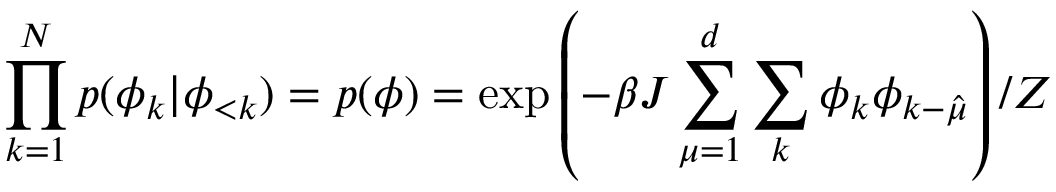
\prod _ { k = 1 } ^ { N } p ( \phi _ { k } | \phi _ { < k } ) = p ( \phi ) = \exp \left( - \beta J \sum _ { \mu = 1 } ^ { d } \sum _ { k } \phi _ { k } \phi _ { k - \hat { \mu } } \right) / Z